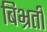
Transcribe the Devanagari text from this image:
बिभ्रती